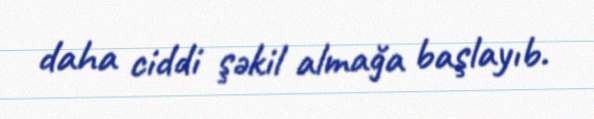
daha ciddi şəkil almağa başlayıb.